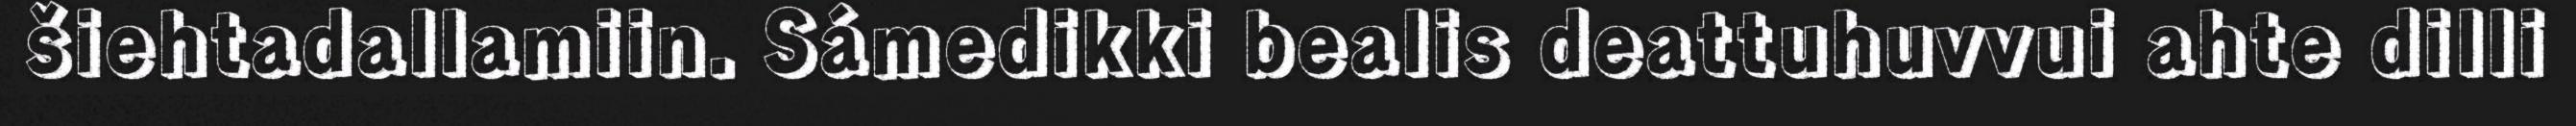
šiehtadallamiin. Sámedikki bealis deattuhuvvui ahte dilli